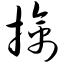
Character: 擒